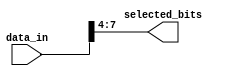
module part_select_example (
    input wire [15:0] data_in,  // 16-bit input vector
    output wire [3:0] selected_bits // 4-bit output for selected bits
);

// Part select continuous assignment
assign selected_bits = data_in[7:4]; // Selecting bits 7 to 4 from data_in

endmodule